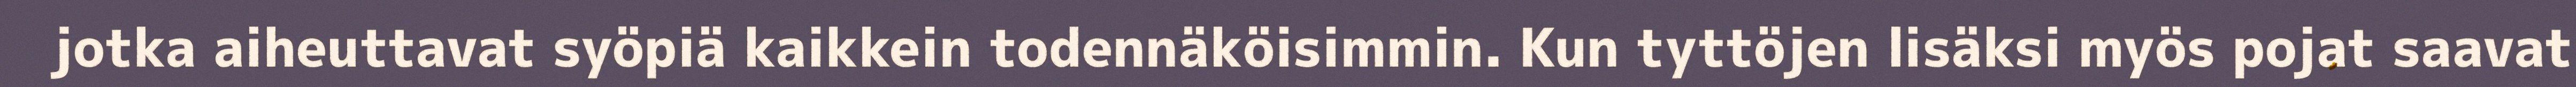
jotka aiheuttavat syöpiä kaikkein todennäköisimmin. Kun tyttöjen lisäksi myös pojat saavat